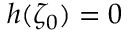
h ( \zeta _ { 0 } ) = 0